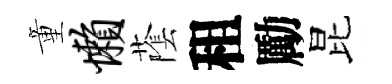
童懒䕃租勵昆